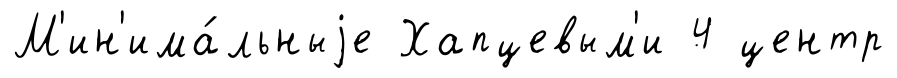
М'ин'има́льныjе Хапцевым'и 4 центр